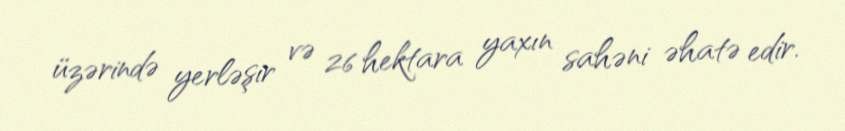
üzərində yerləşir və 26 hektara yaxın sahəni əhatə edir.